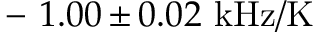
\mathrm { ~ - ~ } 1 . 0 0 \, { \pm } \, 0 . 0 2 ~ \mathrm { k H z / K }